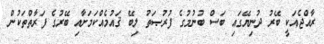
ރާއްޖެއަކީ ބޭރު ދުނިޔޭގައި ބަސް ބުނުމުގެ ފުރުޞަތު ލިބޭ ޤައުމެއްކަމަށާއި ބޭރުގެ ފަރާތްތަކުން